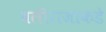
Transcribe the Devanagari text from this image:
बलीराजाकडे